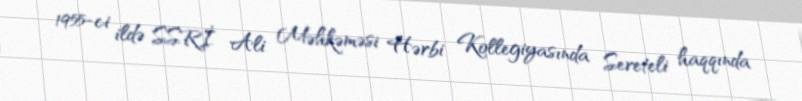
1955-ci ildə SSRİ Ali Məhkəməsi Hərbi Kollegiyasında Sereteli haqqında